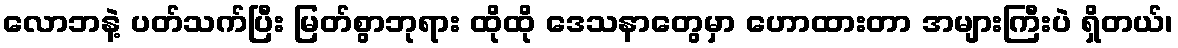
လောဘနဲ့ ပတ်သက်ပြီး မြတ်စွာဘုရား ထိုထို ဒေသနာတွေမှာ ဟောထားတာ အများကြီးပဲ ရှိတယ်၊